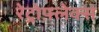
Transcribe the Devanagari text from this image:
रेट्रोफ़्लेक्स